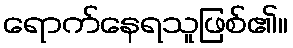
ရောက်နေရသူဖြစ်၏။